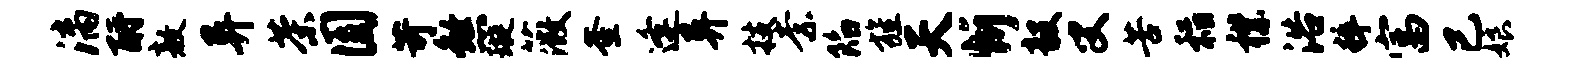
漓酹敖异茶圆苛煞璇薇釜逢异技柰陷旌天忻毅叟苦稻襟浴粹富已娘